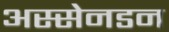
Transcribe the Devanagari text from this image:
अस्सेनडन